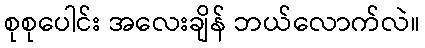
စုစုပေါင်း အလေးချိန် ဘယ်လောက်လဲ။